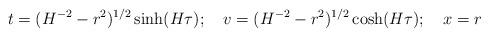
LaTeX: \begin{align*}t= (H^{-2} - r^2)^{1/2} \sinh(H\tau); \quad v= (H^{-2} - r^2)^{1/2} \cosh(H\tau); \quad x=r\end{align*}